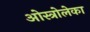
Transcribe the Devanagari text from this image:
ओस्त्रोलेका